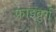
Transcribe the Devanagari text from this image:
फ्राइबुर्ग